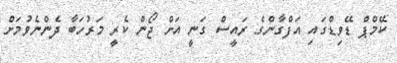
ކޭމްޕް ޑޭވިޑްގައި އަފްގާންގެ ރައީސް ގަނީ އަށް ޖޯން ކެރީ މަރުހަބާ ދެންނެވުމަށް